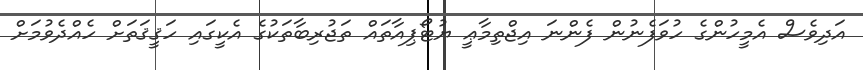
އަދިވެސް އެމީހުންގެ ހުވަފެނުން ފެންނަ އިޖްތިމާޢީ ޔުޓޯޕިއާތައް ތަޖުރިބާތަކުގެ އެކީގައި ހަޤީޤަތަށް ހެއްދެވުމަށް